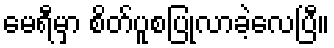
မေရီမှာ စိတ်ပူစပြုလာခဲ့လေပြီ။